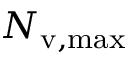
N _ { \mathrm { v , m a x } }